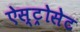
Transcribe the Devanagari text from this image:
ऐस्ट्रोसेट